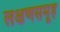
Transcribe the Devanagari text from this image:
लक्षणसमूह